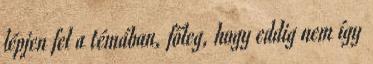
lépjen fel a témában, főleg, hogy eddig nem így